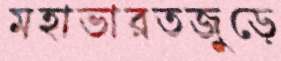
মহাভারতজুড়ে